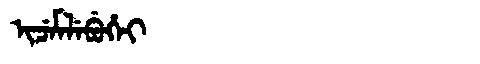
Manchu: ᡳᠴᡝᠮᠯᡝᠪᡠᡥᡝᡳ
Romanization: ICEMLEBUHEI